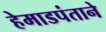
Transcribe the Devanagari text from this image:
हेमाडपंताने